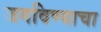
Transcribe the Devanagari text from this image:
जगविण्याचा